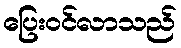
ပြေးဝင်လာသည်